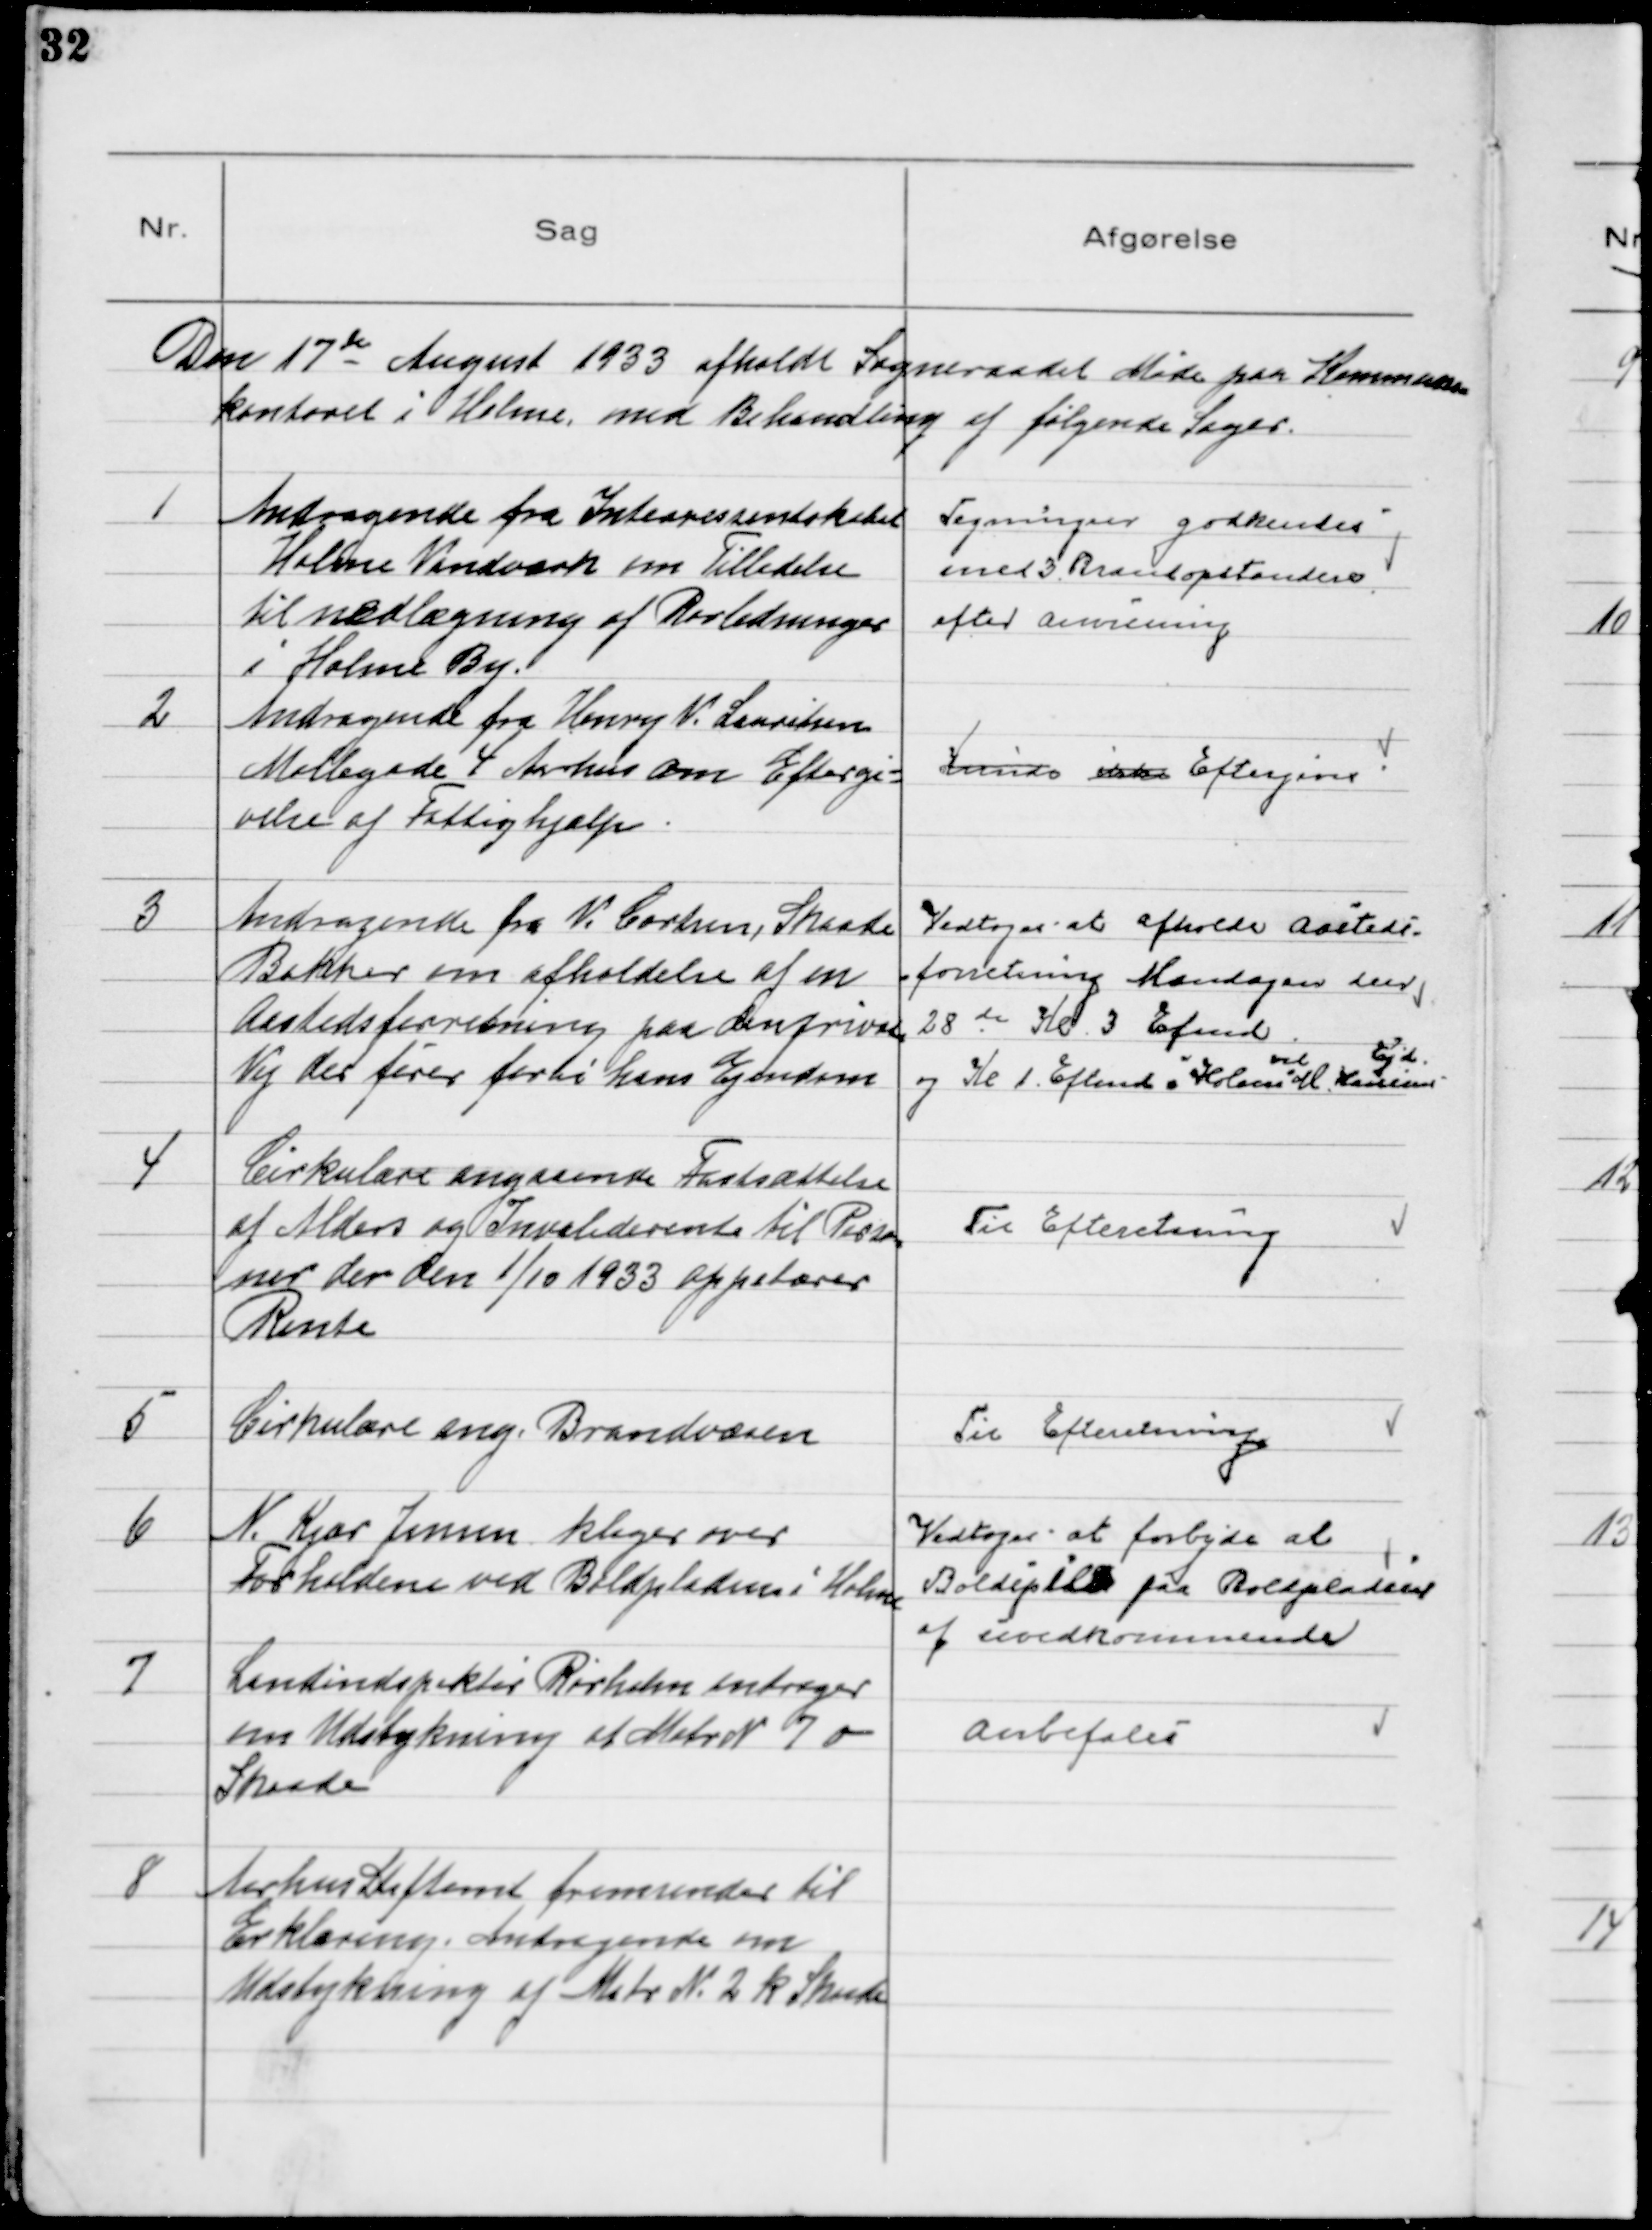
Transskription:
Den 17de August 1933 afholdt Sogneraadet Møde på Kommune
kontoret i Holme med Behandling af følgende Sager.

1
Andragende fra Interessentskabet
Holme Vandværk om Tilladelse
til nedlægning af Rørledninger
i Holme By.

Tegninger godkendes
med 3 Brandopstandere
efter Anvisning

2
Andragende fra Henry V. Lauritsen
Møllegade 4 Aarhus om Eftergi-
velse af Fattighjælp

Kunde ikke Eftergives

3
Andragende fra V. Carlsen, Skaade
Bakker om afholdelse af en
Aastedsforretning paa den private
Vej der fører forbi hans Ejendom

Vedtoges at afholde Aasteds
forretning Mandagen den
28 de Kl. 3 Efmd
og Kl 1 Eftmd i Holme
ved
M. Hansens
Ejd.

4
Cirkulære angaaende Fastsættelse
af Alders og Invaliderente til Perso
ner der den 1/10 1933 oppebærer
Rente

Til Efteretning

5
Cirkulære ang. Brandvæsen

Til Efteretning

6
N. Kjær Jensen klager over
Forholdene ved Boldpladsen i Holme

Vedtoges at forbyde al
Boldspil paa Boldpladsen
af uvedkommende

7
Landinspektør Rørholm andrager
om Udstykning af Matr N 7 o
Skaade

Anbefales

8
Aarhus Stiftamt fremsender til
Erklæring Andragende om
Udstykning af Matr № 2 k Skaade